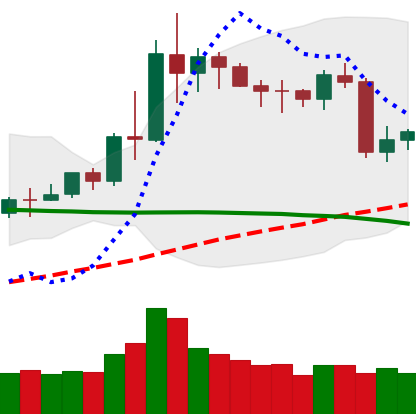
Ticker: NEO-USD
Chart end date: 2020-06-13
Forward return: -5.912%
Label: down_5_7